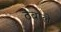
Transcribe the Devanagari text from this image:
ठेवाले